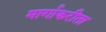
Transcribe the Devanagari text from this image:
मार्गाकरीता